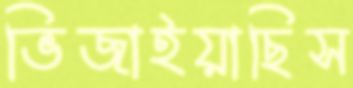
ভিজাইয়াছিস